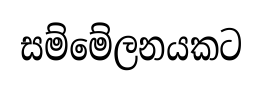
සම්මේලනයකට